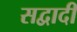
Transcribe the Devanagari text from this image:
सद्वादी